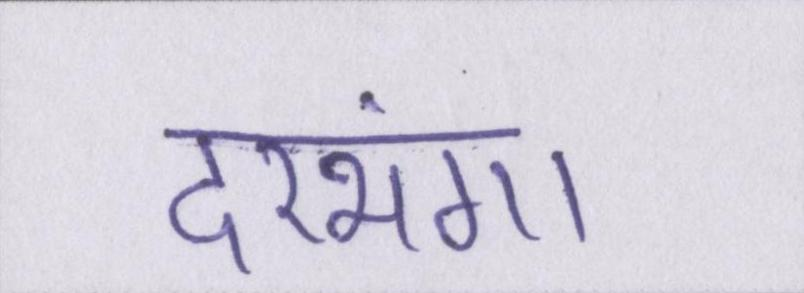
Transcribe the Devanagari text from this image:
दरभंगा